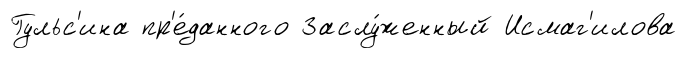
Гульс'ина пр'е́данного Заслу́женный Исмаг'илова